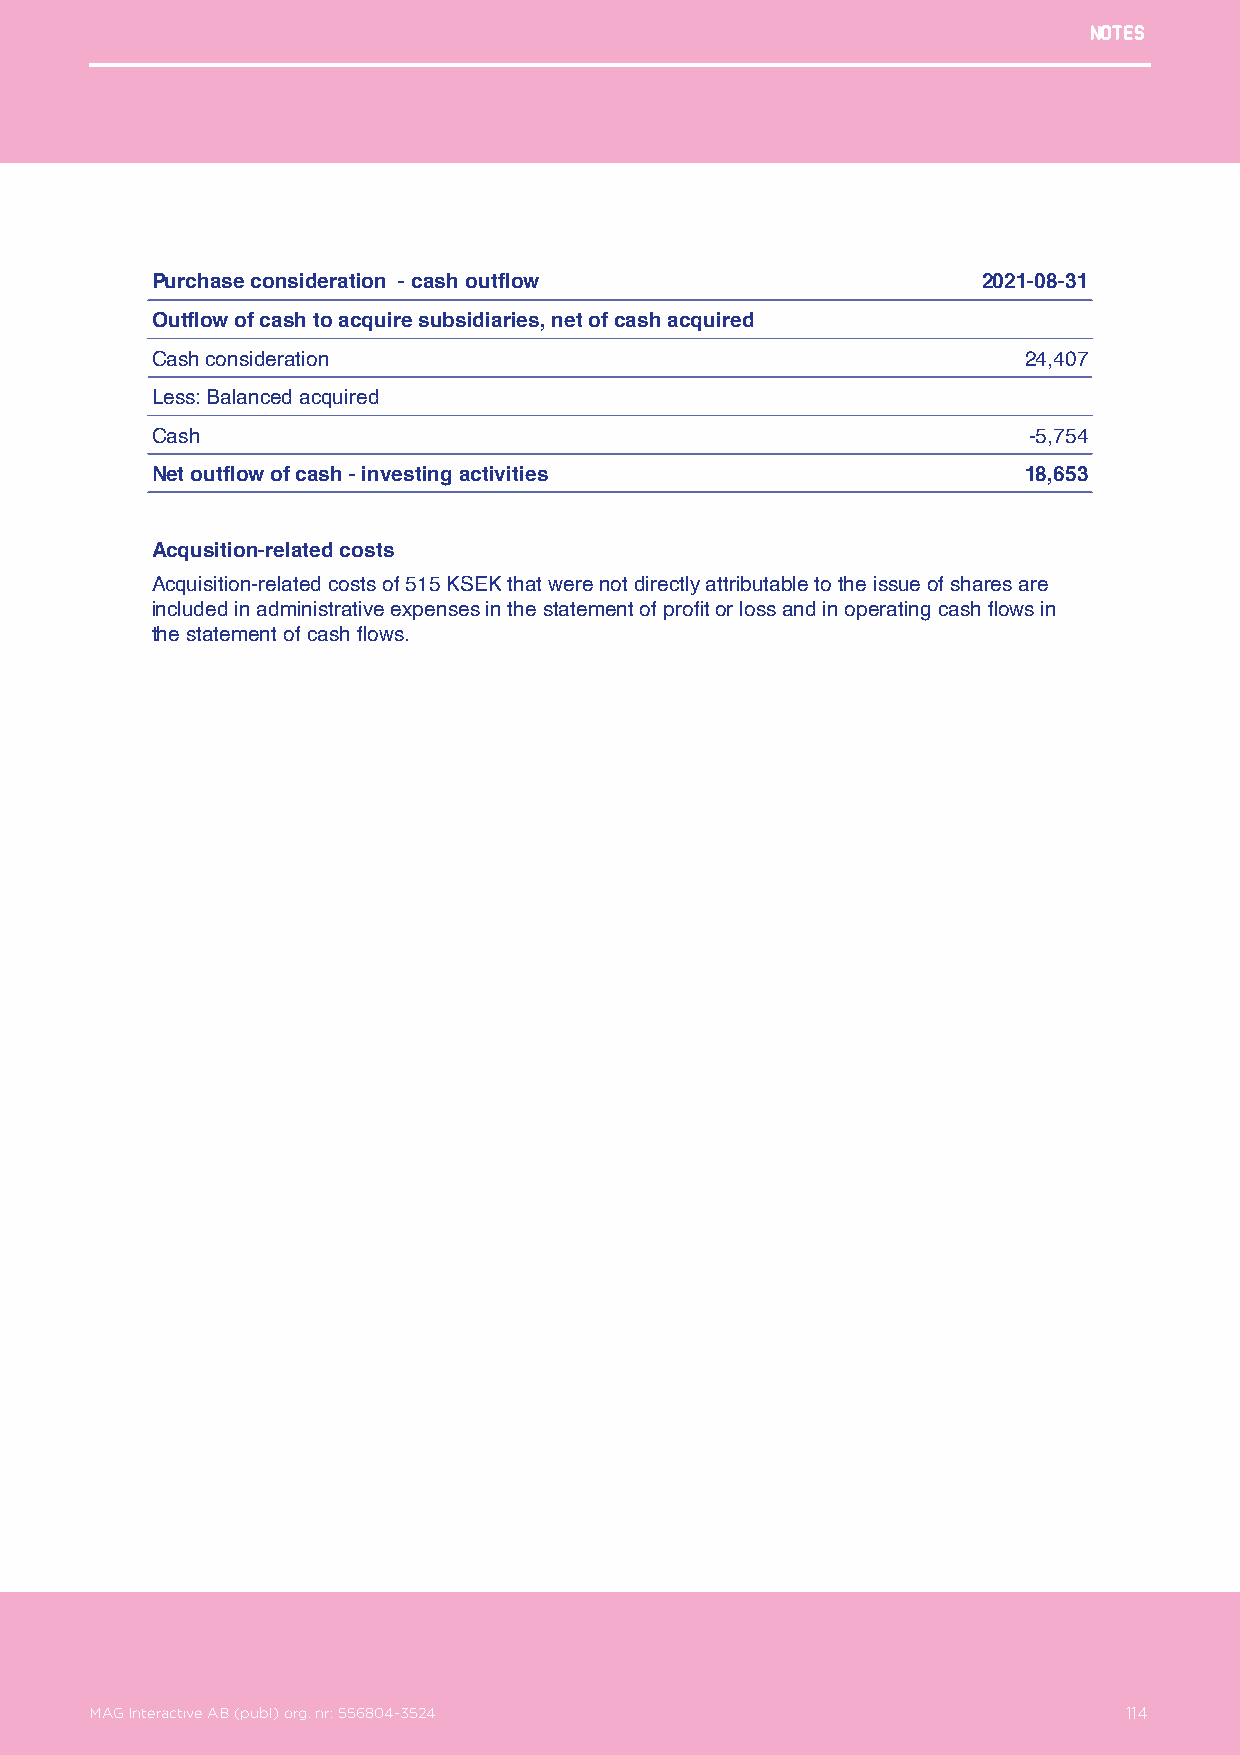
Notes
 Purchase consideration - cash outflow                  2021-08-31
 Outflow of cash to acquire subsidiaries, net of cash acquired
 Cash consideration                                        24,407
 Less: Balanced acquired
 Cash                                                      -5,754
 Net outflow of cash - investing activities                18,653
 Acqusition-related costs
 Acquisition-related costs of 515 KSEK that were not directly attributable to the issue of shares are
 included in administrative expenses in the statement of profit or loss and in operating cash flows in
 the statement of cash flows.
 MAG Interactive AB (publ) org. nr: 556804-3524                  114
 MAG Interactive AB (publ) org. nr: 556804-3524                       114